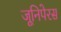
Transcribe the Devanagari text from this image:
जूनिपेरस